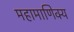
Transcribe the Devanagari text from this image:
महामाणिक्य